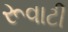
રૂવાટી